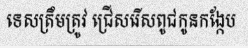
ទេសត្រឹមត្រូវ ជ្រើសរើសពូជកូនកង្កែប